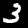
Digit: 3